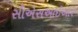
સીએસઆઈઆર